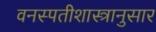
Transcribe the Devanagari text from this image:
वनस्पतीशास्त्रानुसार